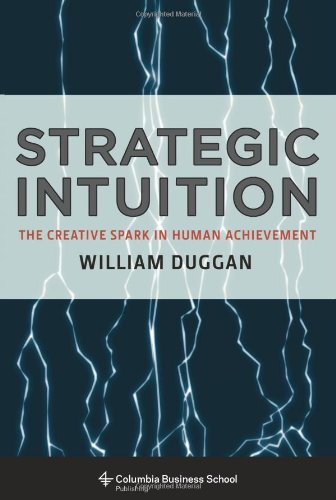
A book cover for Strategic Intuition: The Creative Spark in Human Achievement (Columbia Business School Publishing); William Duggan; Business & Money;